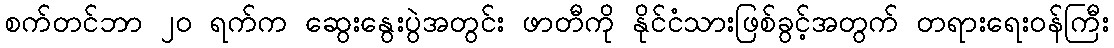
စက်တင်ဘာ ၂၀ ရက်က ဆွေးနွေးပွဲအတွင်း ဖာတီကို နိုင်ငံသားဖြစ်ခွင့်အတွက် တရားရေးဝန်ကြီး